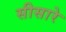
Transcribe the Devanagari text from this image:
सीसारे